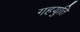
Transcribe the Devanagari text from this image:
गहयुति